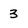
Character: 3